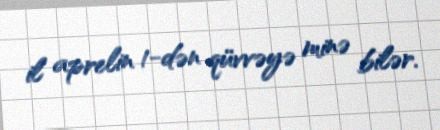
il aprelin 1-dən qüvvəyə minə bilər.